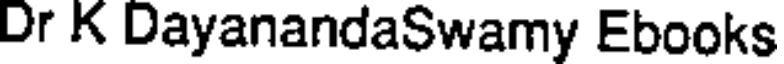
Dr K DayanandaSwamy Ebooks